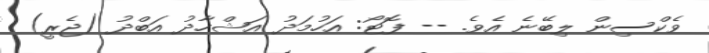
ވެކްސިން ލިބޭނެ އެވެ. -- ފޮޓޯ: އަހުމަދު އަޝްހާދު އަބްދު (ޖެރީ)